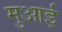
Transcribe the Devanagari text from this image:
मुआई